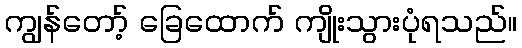
ကျွန်တော့် ခြေထောက် ကျိုးသွားပုံရသည်။